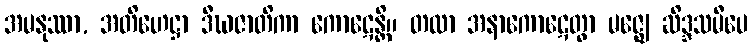
အမနုဿာ, အတိဟေဋ္ဌာ ဒီဃဇာတိကာ ကောဋေန္တိ။ တထာ အနာကောဋေတွာ မဇ္ဈေ ဆိဒ္ဒသမီပေ